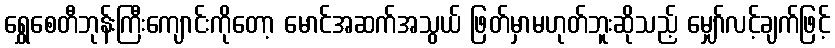
ရွှေစေတီဘုန်းကြီးကျောင်းကိုတော့ မောင်အဆက်အသွယ် ဖြတ်မှာမဟုတ်ဘူးဆိုသည့် မျှော်လင့်ချက်ဖြင့်